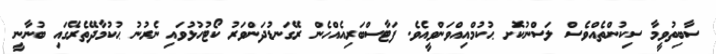
ސާބިތުވީމާ ސިކުންތެއްވެސް ލަސްނުކޮށ ޙުކުމްއިއްވަންވީއެވެ. ފަޓާސްބަރިއެއްހެން ރޭގަނޑުދަންވަރު ކޯޓުހުޅުވައި ނެރުނު ޙުކުމާދޭތެރޭގައި ބުނާނީ